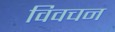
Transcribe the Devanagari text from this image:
विवचन